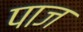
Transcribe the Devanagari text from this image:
पाज